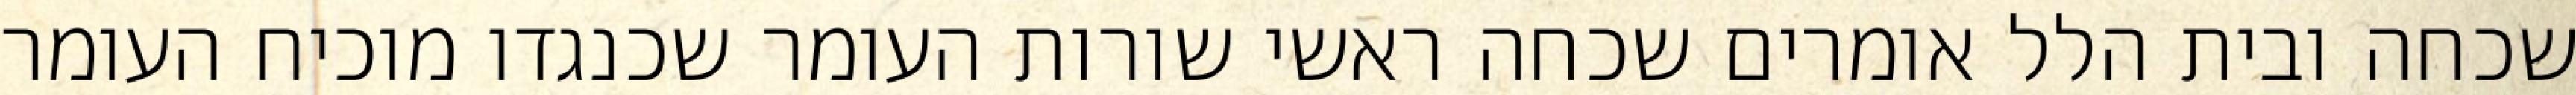
שכחה ובית הלל אומרים שכחה ראשי שורות העומר שכנגדו מוכיח העומר